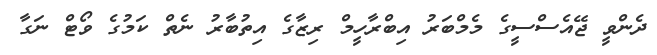
ދެންވީ ޖޭއެސްސީގެ މެމްބަރު އިބްރާހީމް ރިޒާގެ އިތުބާރު ނެތް ކަމުގެ ވޯޓް ނަގާ